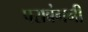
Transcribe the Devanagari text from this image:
पराबंगनी